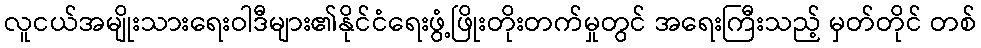
လူငယ်အမျိုးသားရေးဝါဒီများ၏နိုင်ငံရေးဖွံ့ဖြိုးတိုးတက်မှုတွင် အရေးကြီးသည့် မှတ်တိုင် တစ်